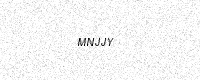
Text: MNJJY